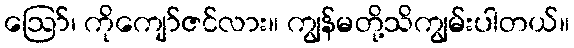
ဪ၊ ကိုကျော်ဇင်လား။ ကျွန်မတို့သိကျွမ်းပါတယ်။